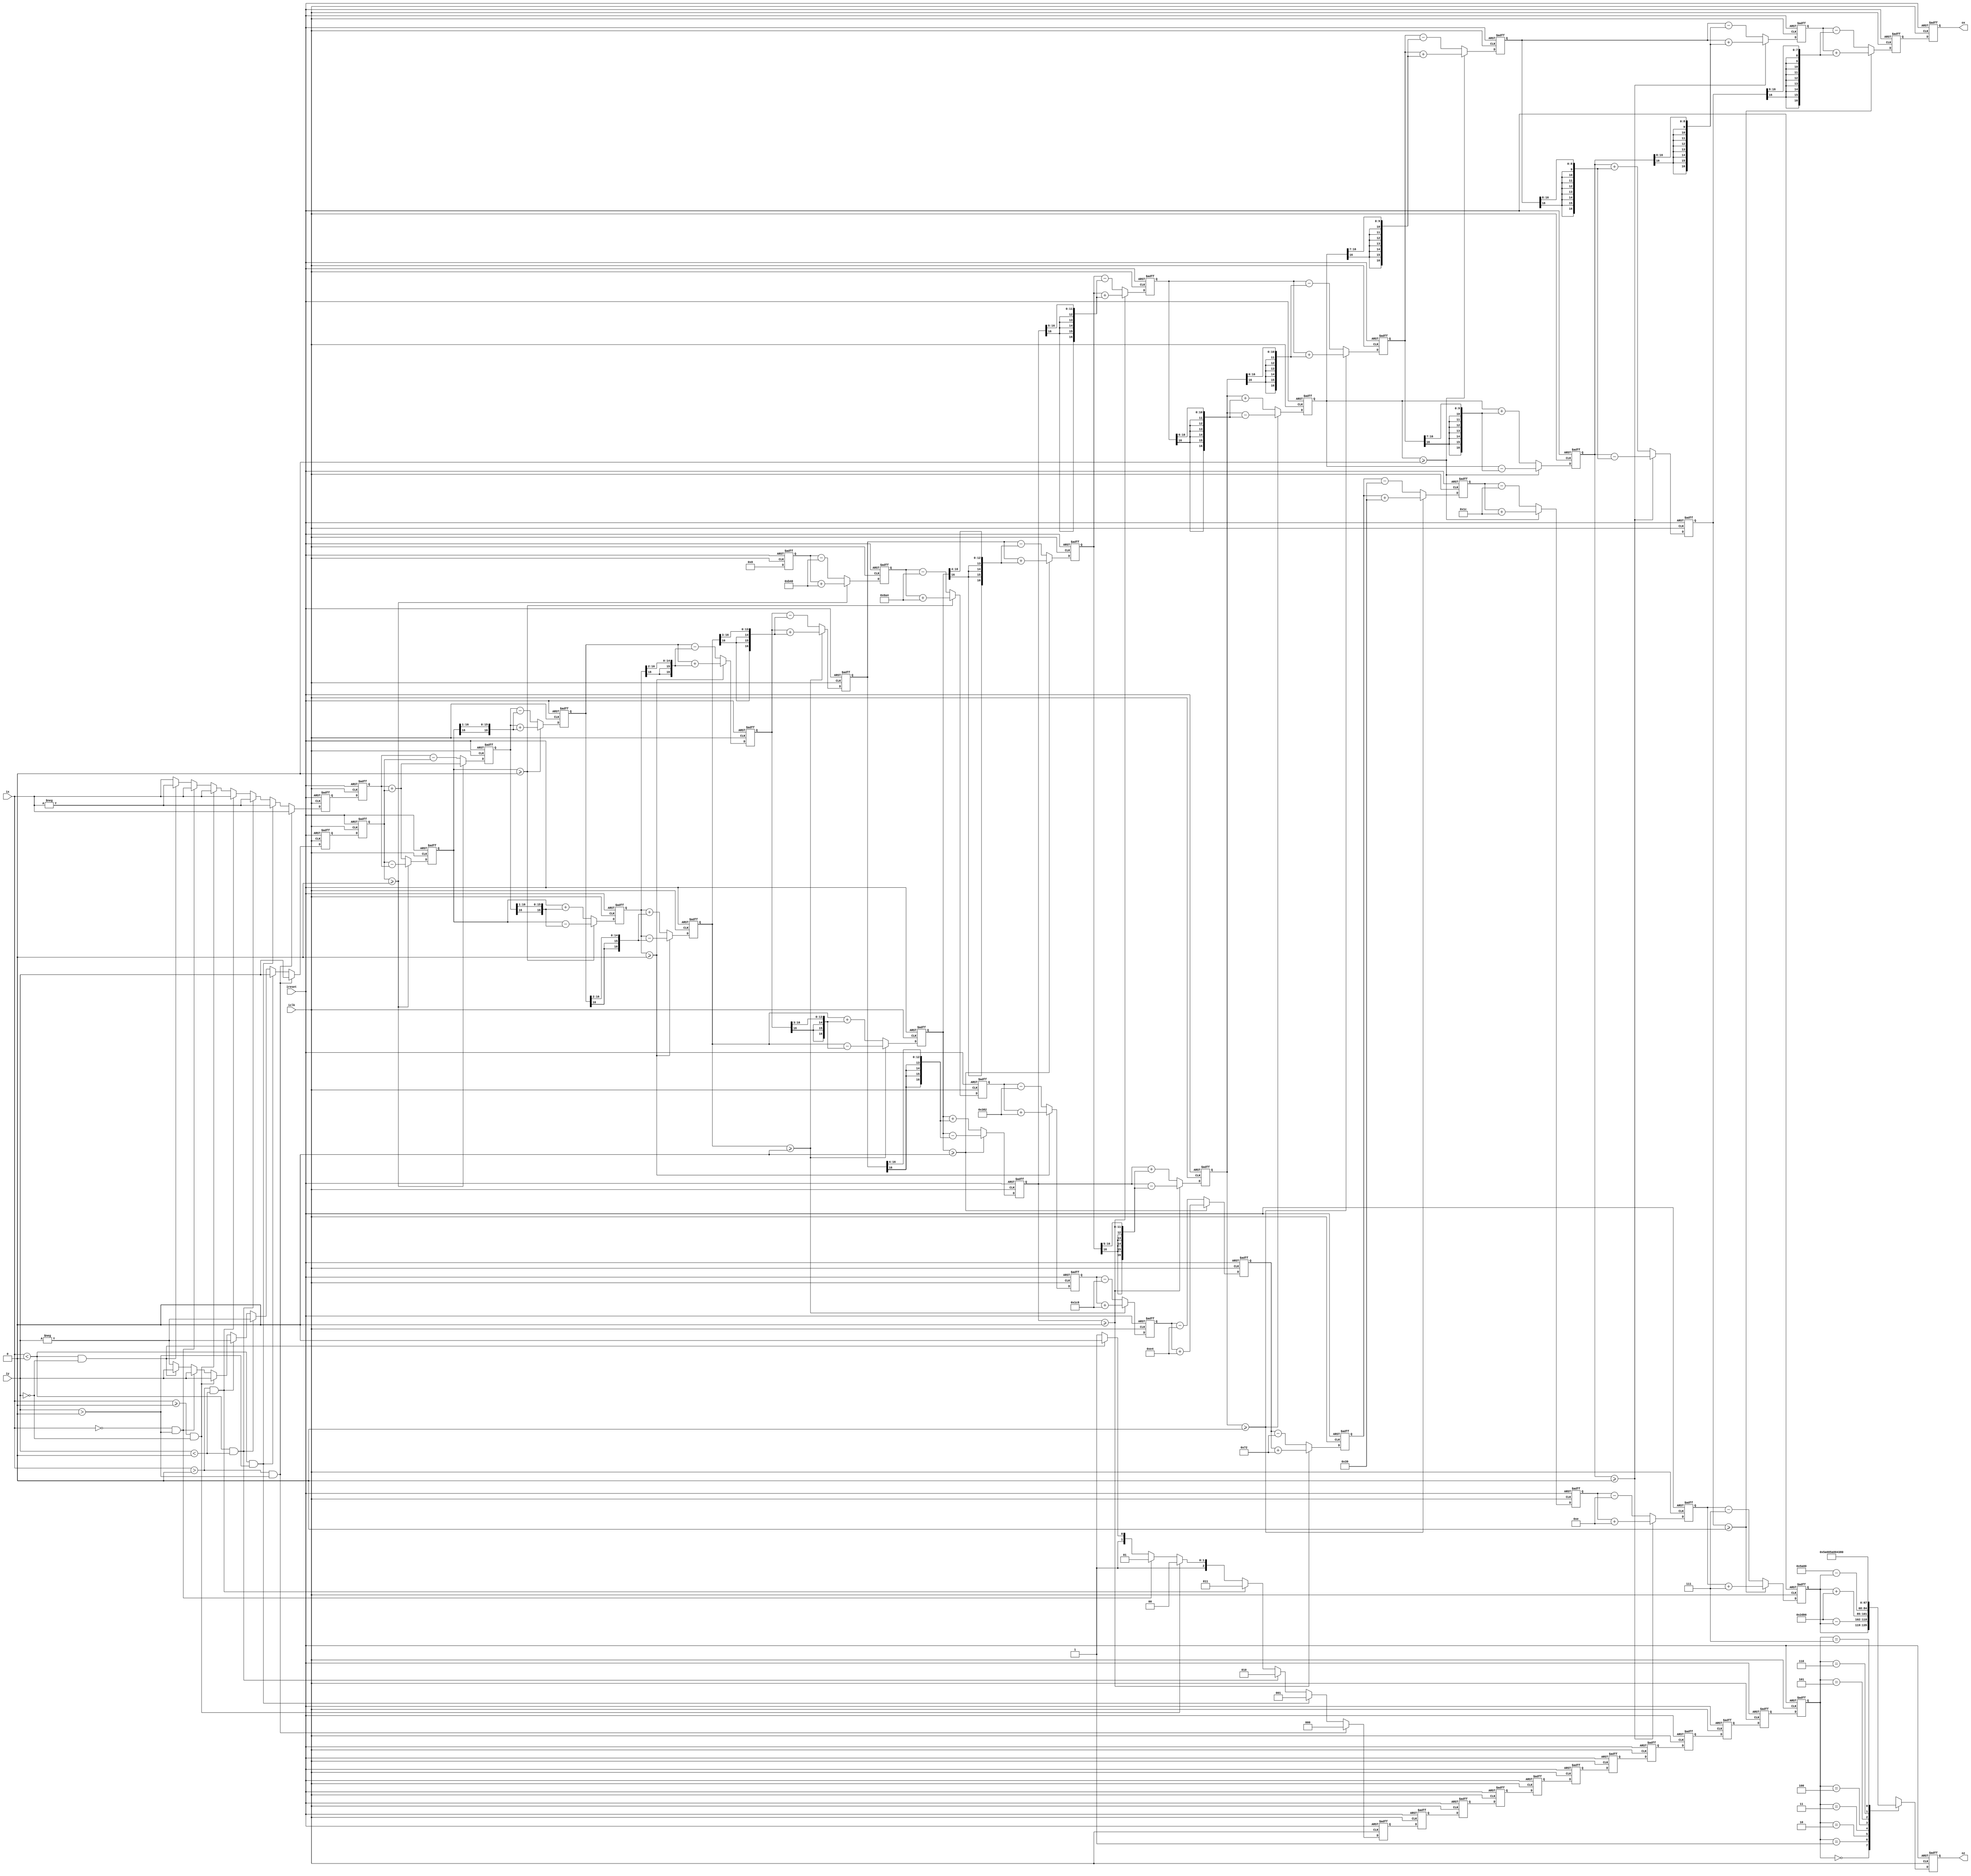
//Let angle to zoom out 2 ^ 10

//`define  rot0  16'hB400    //45
//`define  rot1  16'h6A43    //26.5651
//`define  rot2  16'h3825    //14.0362
//`define  rot3  16'h1c80    //7.1250
//`define  rot4  16'h0e4e    //3.5763
//`define  rot5  16'h0729    //1.7899
//`define  rot6  16'h0395    //0.8952
//`define  rot7  16'h01ca    //0.4476
//`define  rot8  16'h00e5    //0.2238
//`define  rot9  16'h0073    //0.1119

//Let angle to zoom out 2 ^ 6

`define  rot0  12'hB40    //45
`define  rot1  12'h6A4    //26.5651
`define  rot2  12'h382    //14.0362
`define  rot3  12'h1c8    //7.1250
`define  rot4  12'h0e4    //3.5763
`define  rot5  12'h072    //1.7899
`define  rot6  12'h039   //0.8952
`define  rot7  12'h01c    //0.4476
`define  rot8  12'h00e    //0.2238
`define  rot9  12'h007    //0.1119

module CORDIC_sqrt_atan (
	input 									iclk,
	input 									ireset,
	input		signed	 	[16:0]	ix,
	input		signed	 	[16:0]	iy,
	output 	signed		[16:0]	ox,
	output 	signed		[16:0]	oz
);

parameter K = 19'h09b78;		//gian k=0.6073*2^16,9b74,n means the number pipeline
parameter BitSize = 16;
parameter iteration = 10;

reg	signed	[BitSize:0]		x[iteration:0];
reg	signed	[BitSize:0] 	y[iteration:0];
reg	signed 	[BitSize:0] 	z[iteration:0];

reg 	signed	[BitSize:0] 	abs_x;
reg 	signed	[BitSize:0] 	abs_y;

reg [2:0] quadrant [iteration+1:0];
reg [4:0] i;

reg	signed	[BitSize:0]		quadrant_sqrt;
reg	signed	[BitSize:0]		quadrant_atan;

assign ox = quadrant_sqrt;
assign oz = quadrant_atan;

always@(posedge iclk or negedge ireset) begin
	if (!ireset) begin
		for (i = 0; i < iteration+2; i = i + 1) begin
			quadrant[i] <= 0;
		end
		abs_x <= 0;
		abs_y <= 0;
	end
	else begin
		////////////////////////////////////////////////////////////////////////////////////////////////
		//detect quadrant
		if (ix > 0 && iy > 0) begin
			quadrant[0] <= 0;
			abs_x <= ix;
			abs_y <= iy;
		end
		else if (ix < 0 && iy > 0) begin
			quadrant[0] <= 1;
			abs_x <= -ix;
			abs_y <= iy;
		end
		else if (ix < 0 && iy < 0) begin
			quadrant[0] <= 2;
			abs_x <= -ix;
			abs_y <= -iy;
		end
		else if (ix > 0 && iy < 0) begin
			quadrant[0] <= 3;
			abs_x <= ix;
			abs_y <= -iy;
		end
		else if (ix >= 0 && iy == 0) begin
		  quadrant[0] <= 4;
			abs_x <= ix;
			abs_y <= iy;
		end
		else if (ix == 0 && iy > 0) begin
		  quadrant[0] <= 5;
			abs_x <= ix;
			abs_y <= iy;
		end
		else if (ix < 0 && iy == 0) begin
		  quadrant[0] <= 6;
			abs_x <= -ix;
			abs_y <= iy;
		end
		else begin
		  quadrant[0] <= 7;
			abs_x <= ix;
			abs_y <= -iy;		  
		end
		////////////////////////////////////////////////////////////////////////////////////////////////
		//hold quadrant
		for (i = 0; i < iteration+1; i = i + 1) begin
			quadrant[i+1] <= quadrant[i];
		end		
		////////////////////////////////////////////////////////////////////////////////////////////////
	end
end

always@(posedge iclk or negedge ireset) begin
	if (!ireset) begin
		quadrant_sqrt <= 0;
		quadrant_atan <= 0;
	end
	else begin
		case (quadrant[iteration+1])
			3'b000 : begin
				quadrant_atan <= z[iteration];
			end
			3'b001 : begin
				quadrant_atan <= 11520 - z[iteration];		
			end
			3'b010 : begin
				quadrant_atan <= z[iteration] + 11520;		
			end
			3'b011 : begin
				quadrant_atan <= 23040 - z[iteration];			
			end
			3'b100 : begin
				quadrant_atan <= 0;			
			end
			3'b101 : begin
				quadrant_atan <= 5760;			
			end
			3'b110 : begin
				quadrant_atan <= 11520;			
			end
			3'b111 : begin
				quadrant_atan <= 17280;			
			end		
		endcase
		quadrant_sqrt <= x[iteration];
	end
end

always@(posedge iclk or negedge ireset) begin
	if (!ireset) begin
		for (i = 0; i < iteration+1; i = i + 1) begin
			x[i] <= 0;
			y[i] <= 0;
			z[i] <= 0;
		end
	end
	else begin
	//////////////////////////////////////////////////////////////////////////////////////////////////////////////////
	//state0
		x[0] <= abs_x;
		y[0] <= abs_y;
		z[0] <= 0;
	//////////////////////////////////////////////////////////////////////////////////////////////////////////////////
	//state1
		if (y[0] >= 0) begin
			x[1] <= x[0] + y[0];
			y[1] <= y[0] - x[0];
			z[1] <= z[0] + `rot0;
		end
		else begin
			x[1] <= x[0] - y[0];  
			y[1] <= y[0] + x[0]; 
			z[1] <= z[0] - `rot0 ;
		end
	//////////////////////////////////////////////////////////////////////////////////////////////////////////////////
	//state2
		if (y[1] >= 0) begin
			x[2] <= x[1] + {y[1][BitSize], y[1][BitSize:1]};
			y[2] <= y[1] - {x[1][BitSize], x[1][BitSize:1]};
			z[2] <= z[1] + `rot1;
		end
		else begin
			x[2] <= x[1] - {y[1][BitSize], y[1][BitSize:1]}; 
			y[2] <= y[1] + {x[1][BitSize], x[1][BitSize:1]};
			z[2] <= z[1] - `rot1 ; 
		end
	//////////////////////////////////////////////////////////////////////////////////////////////////////////////////
	//state3
		if (y[2] >= 0) begin
			x[3] <= x[2] + {{2{y[2][BitSize]}}, y[2][BitSize:2]};
			y[3] <= y[2] - {{2{x[2][BitSize]}}, x[2][BitSize:2]};
			z[3] <= z[2] + `rot2;
		end
		else begin
			x[3] <= x[2] - {{2{y[2][BitSize]}}, y[2][BitSize:2]};
			y[3] <= y[2] + {{2{x[2][BitSize]}}, x[2][BitSize:2]};
			z[3] <= z[2] - `rot2 ; 
		end
	//////////////////////////////////////////////////////////////////////////////////////////////////////////////////
	//state4
		if (y[3] >= 0) begin
			x[4] <= x[3] + {{3{y[3][BitSize]}}, y[3][BitSize:3]};
			y[4] <= y[3] - {{3{x[3][BitSize]}}, x[3][BitSize:3]};
			z[4] <= z[3] + `rot3;
		end
		else begin
			x[4] <= x[3] - {{3{y[3][BitSize]}}, y[3][BitSize:3]};
			y[4] <= y[3] + {{3{x[3][BitSize]}}, x[3][BitSize:3]};
			z[4] <= z[3] - `rot3 ; 
		end
	//////////////////////////////////////////////////////////////////////////////////////////////////////////////////
	//state5
		if (y[4] >= 0) begin
			x[5] <= x[4] + {{4{y[4][BitSize]}}, y[4][BitSize:4]};
			y[5] <= y[4] - {{4{x[4][BitSize]}}, x[4][BitSize:4]};
			z[5] <= z[4] + `rot4;
		end
		else begin
			x[5] <= x[4] - {{4{y[4][BitSize]}}, y[4][BitSize:4]};
			y[5] <= y[4] + {{4{x[4][BitSize]}}, x[4][BitSize:4]};
			z[5] <= z[4] - `rot4 ;  
		end
	//////////////////////////////////////////////////////////////////////////////////////////////////////////////////
	//state6
		if (y[5] >= 0) begin
			x[6] <= x[5] + {{5{y[5][BitSize]}}, y[5][BitSize:5]};
			y[6] <= y[5] - {{5{x[5][BitSize]}}, x[5][BitSize:5]};
			z[6] <= z[5] + `rot5;
		end
		else begin
			x[6] <= x[5] - {{5{y[5][BitSize]}}, y[5][BitSize:5]};
			y[6] <= y[5] + {{5{x[5][BitSize]}}, x[5][BitSize:5]};
			z[6] <= z[5] - `rot5 ; // reversal 55 
		end
	//////////////////////////////////////////////////////////////////////////////////////////////////////////////////
	//state7
		if (y[6] >= 0) begin
			x[7] <= x[6] + {{6{y[6][BitSize]}}, y[6][BitSize:6]};
			y[7] <= y[6] - {{6{x[6][BitSize]}}, x[6][BitSize:6]};
			z[7] <= z[6] + `rot6;
		end
		else begin
			x[7] <= x[6] - {{6{y[6][BitSize]}}, y[6][BitSize:6]};
			y[7] <= y[6] + {{6{x[6][BitSize]}}, x[6][BitSize:6]};
			z[7] <= z[6] - `rot6 ; // reversal 46 
		end
	//////////////////////////////////////////////////////////////////////////////////////////////////////////////////
	//state8
		if (y[7] >= 0) begin
			x[8] <= x[7] + {{7{y[7][BitSize]}}, y[7][BitSize:7]};
			y[8] <= y[7] - {{7{x[7][BitSize]}}, x[7][BitSize:7]};
			z[8] <= z[7] + `rot7;
		end
		else begin
			x[8] <= x[7] - {{7{y[7][BitSize]}}, y[7][BitSize:7]};
			y[8] <= y[7] + {{7{x[7][BitSize]}}, x[7][BitSize:7]};
			z[8] <= z[7] - `rot7 ; // reversal 45 
		end
	//////////////////////////////////////////////////////////////////////////////////////////////////////////////////
	//state9
		if (y[8] >= 0) begin
			x[9] <= x[8] + {{8{y[8][BitSize]}}, y[8][BitSize:8]};
			y[9] <= y[8] - {{8{x[8][BitSize]}}, x[8][BitSize:8]};
			z[9] <= z[8] + `rot8;
		end
		else begin
			x[9] <= x[8] - {{8{y[8][BitSize]}}, y[8][BitSize:8]};
			y[9] <= y[8] + {{8{x[8][BitSize]}}, x[8][BitSize:8]};
			z[9] <= z[8] - `rot8 ; // reversal 45 
		end
	//////////////////////////////////////////////////////////////////////////////////////////////////////////////////
	//state10
		if (y[9] >= 0) begin
			x[10] <= x[9] + {{9{y[9][BitSize]}}, y[9][BitSize:9]};
			y[10] <= y[9] - {{9{x[9][BitSize]}}, x[9][BitSize:9]};
			z[10] <= z[9] + `rot9;
		end
		else begin
			x[10] <= x[9] - {{9{y[9][BitSize]}}, y[9][BitSize:9]};
			y[10] <= y[9] + {{9{x[9][BitSize]}}, x[9][BitSize:9]};
			z[10] <= z[9] - `rot9 ; // reversal 45 
		end
	end
end

endmodule